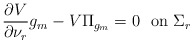
\begin{align*}\dfrac{\partial V}{\partial \nu_r}g_m - V\Pi_{g_m} = 0 \ \ \mbox{on $\Sigma_r$} \end{align*}